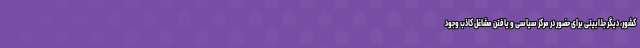
کشور، دیگر جذابیتی برای حضور در مرکز سیاسی و یافتن مشاغل کاذب وجود